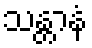
သန္တာနံ